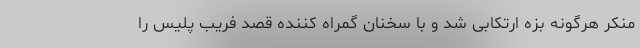
منکر هرگونه بزه ارتکابی شد و با سخنان گمراه کننده قصد فریب پلیس را